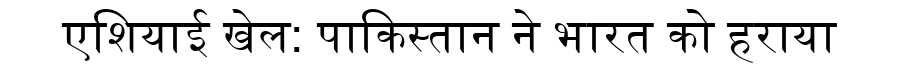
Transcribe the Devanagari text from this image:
एशियाई खेल: पाकिस्तान ने भारत को हराया